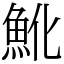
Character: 魤